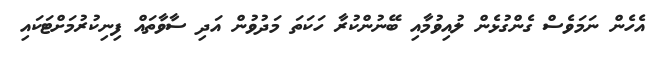
އެހެން ނަމަވެސް ގެންގުޅެން ލުއިވުމާއި ބޭނުންކުރާ ހަކަތަ މަދުވުން އަދި ސާވާތައް ފިނިކުރުމަށްޓަކައި